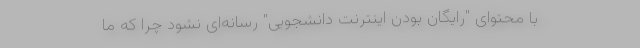
با محتوای "رایگان بودن اینترنت دانشجویی" رسانه‌ای نشود چرا که ما